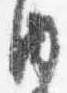
内